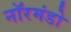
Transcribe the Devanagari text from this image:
नॉरमंडो